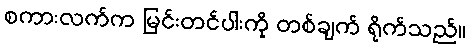
စကားလက်က မြင်းတင်ပါးကို တစ်ချက် ရိုက်သည်။